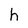
Character: h